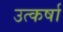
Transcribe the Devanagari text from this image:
उत्कर्षा